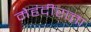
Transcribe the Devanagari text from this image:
मेहंदीरत्‍ता